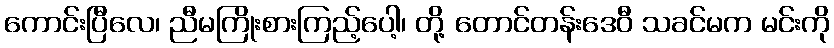
ကောင်းပြီလေ၊ ညီမကြိုးစားကြည့်ပေါ့၊ တို့ တောင်တန်းဒေဝီ သခင်မက မင်းကို